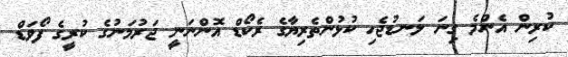
ކުރިން އެންމެ ގިނަ ލަނޑުޖެހި ކުޅުންތެރިޔާގެ ރެކޯޑް އޮންނަނީ ޖަރުމަނުގެ ކުރީގެ ފޯވަޑް